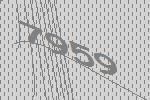
7959